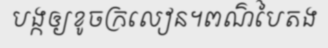
បង្កឲ្យខូចក្រលៀន។ពណ៌បៃតង